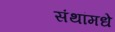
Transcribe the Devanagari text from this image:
संथांमधे